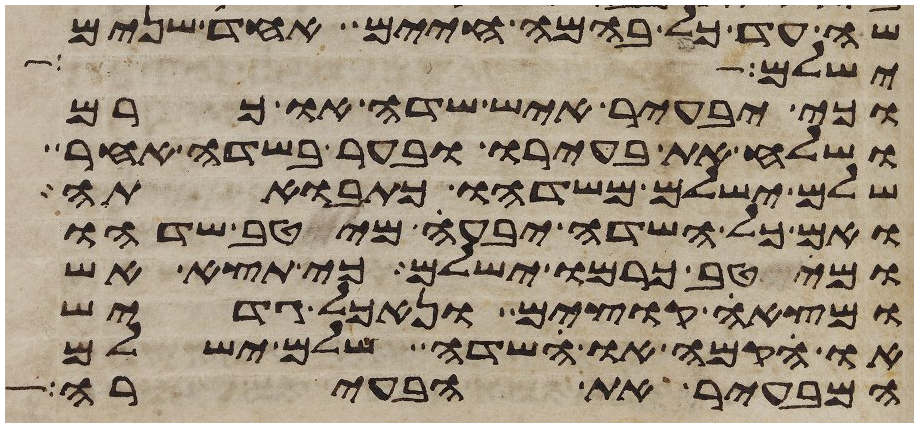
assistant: שה עד כל בהמה חיים אחד שנים
ישלם אחד
וכי יבעיר איש שדה או כרם
ושלח את בעירו ובער בשדה אחר
שלם ישלם משדהו כתבואתה
ואם כל השדה יבעה מיטב שדהו
ומיטב כרמו ישלם כי תצא אש
ומצאה קוצים ונאכל גדיש
או הקמה או שדה שלם ישלם
המבעיר את הבעירה